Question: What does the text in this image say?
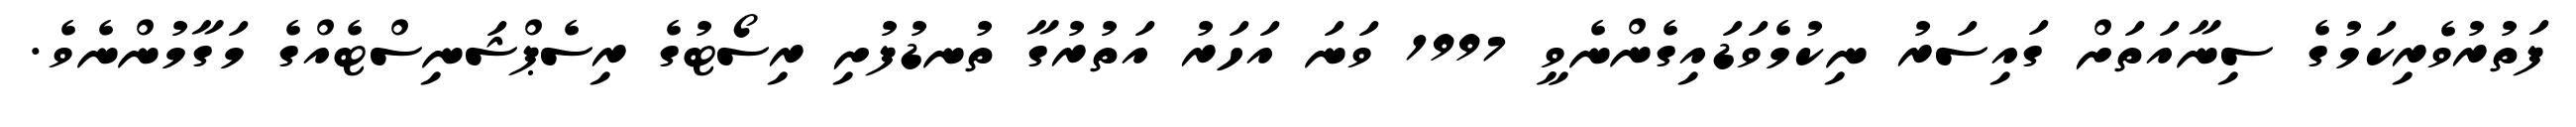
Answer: ފަތުރުވެރިކަމުގެ ސިނާއަތަށް ގައިސަރު ނިކުމެވަޑައިގެންނެވީ 1997 ވަނަ އަހަރު އަތުރުގާ ތުނޑުފުށި ރިސޯޓުގެ ރިސެޕްޝަނިސްޓެއްގެ މަގާމުންނެވެ.